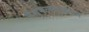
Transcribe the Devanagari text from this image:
नैशनलाइज़ेशन